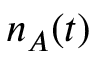
n _ { A } ( t )